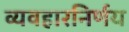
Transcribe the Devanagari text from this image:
व्यवहारनिर्णय